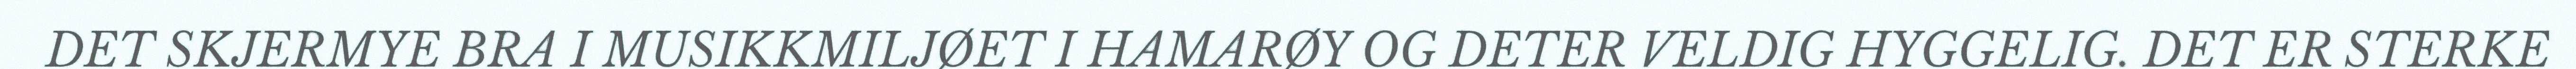
DET SKJERMYE BRA I MUSIKKMILJØET I HAMARØY OG DETER VELDIG HYGGELIG. DET ER STERKE